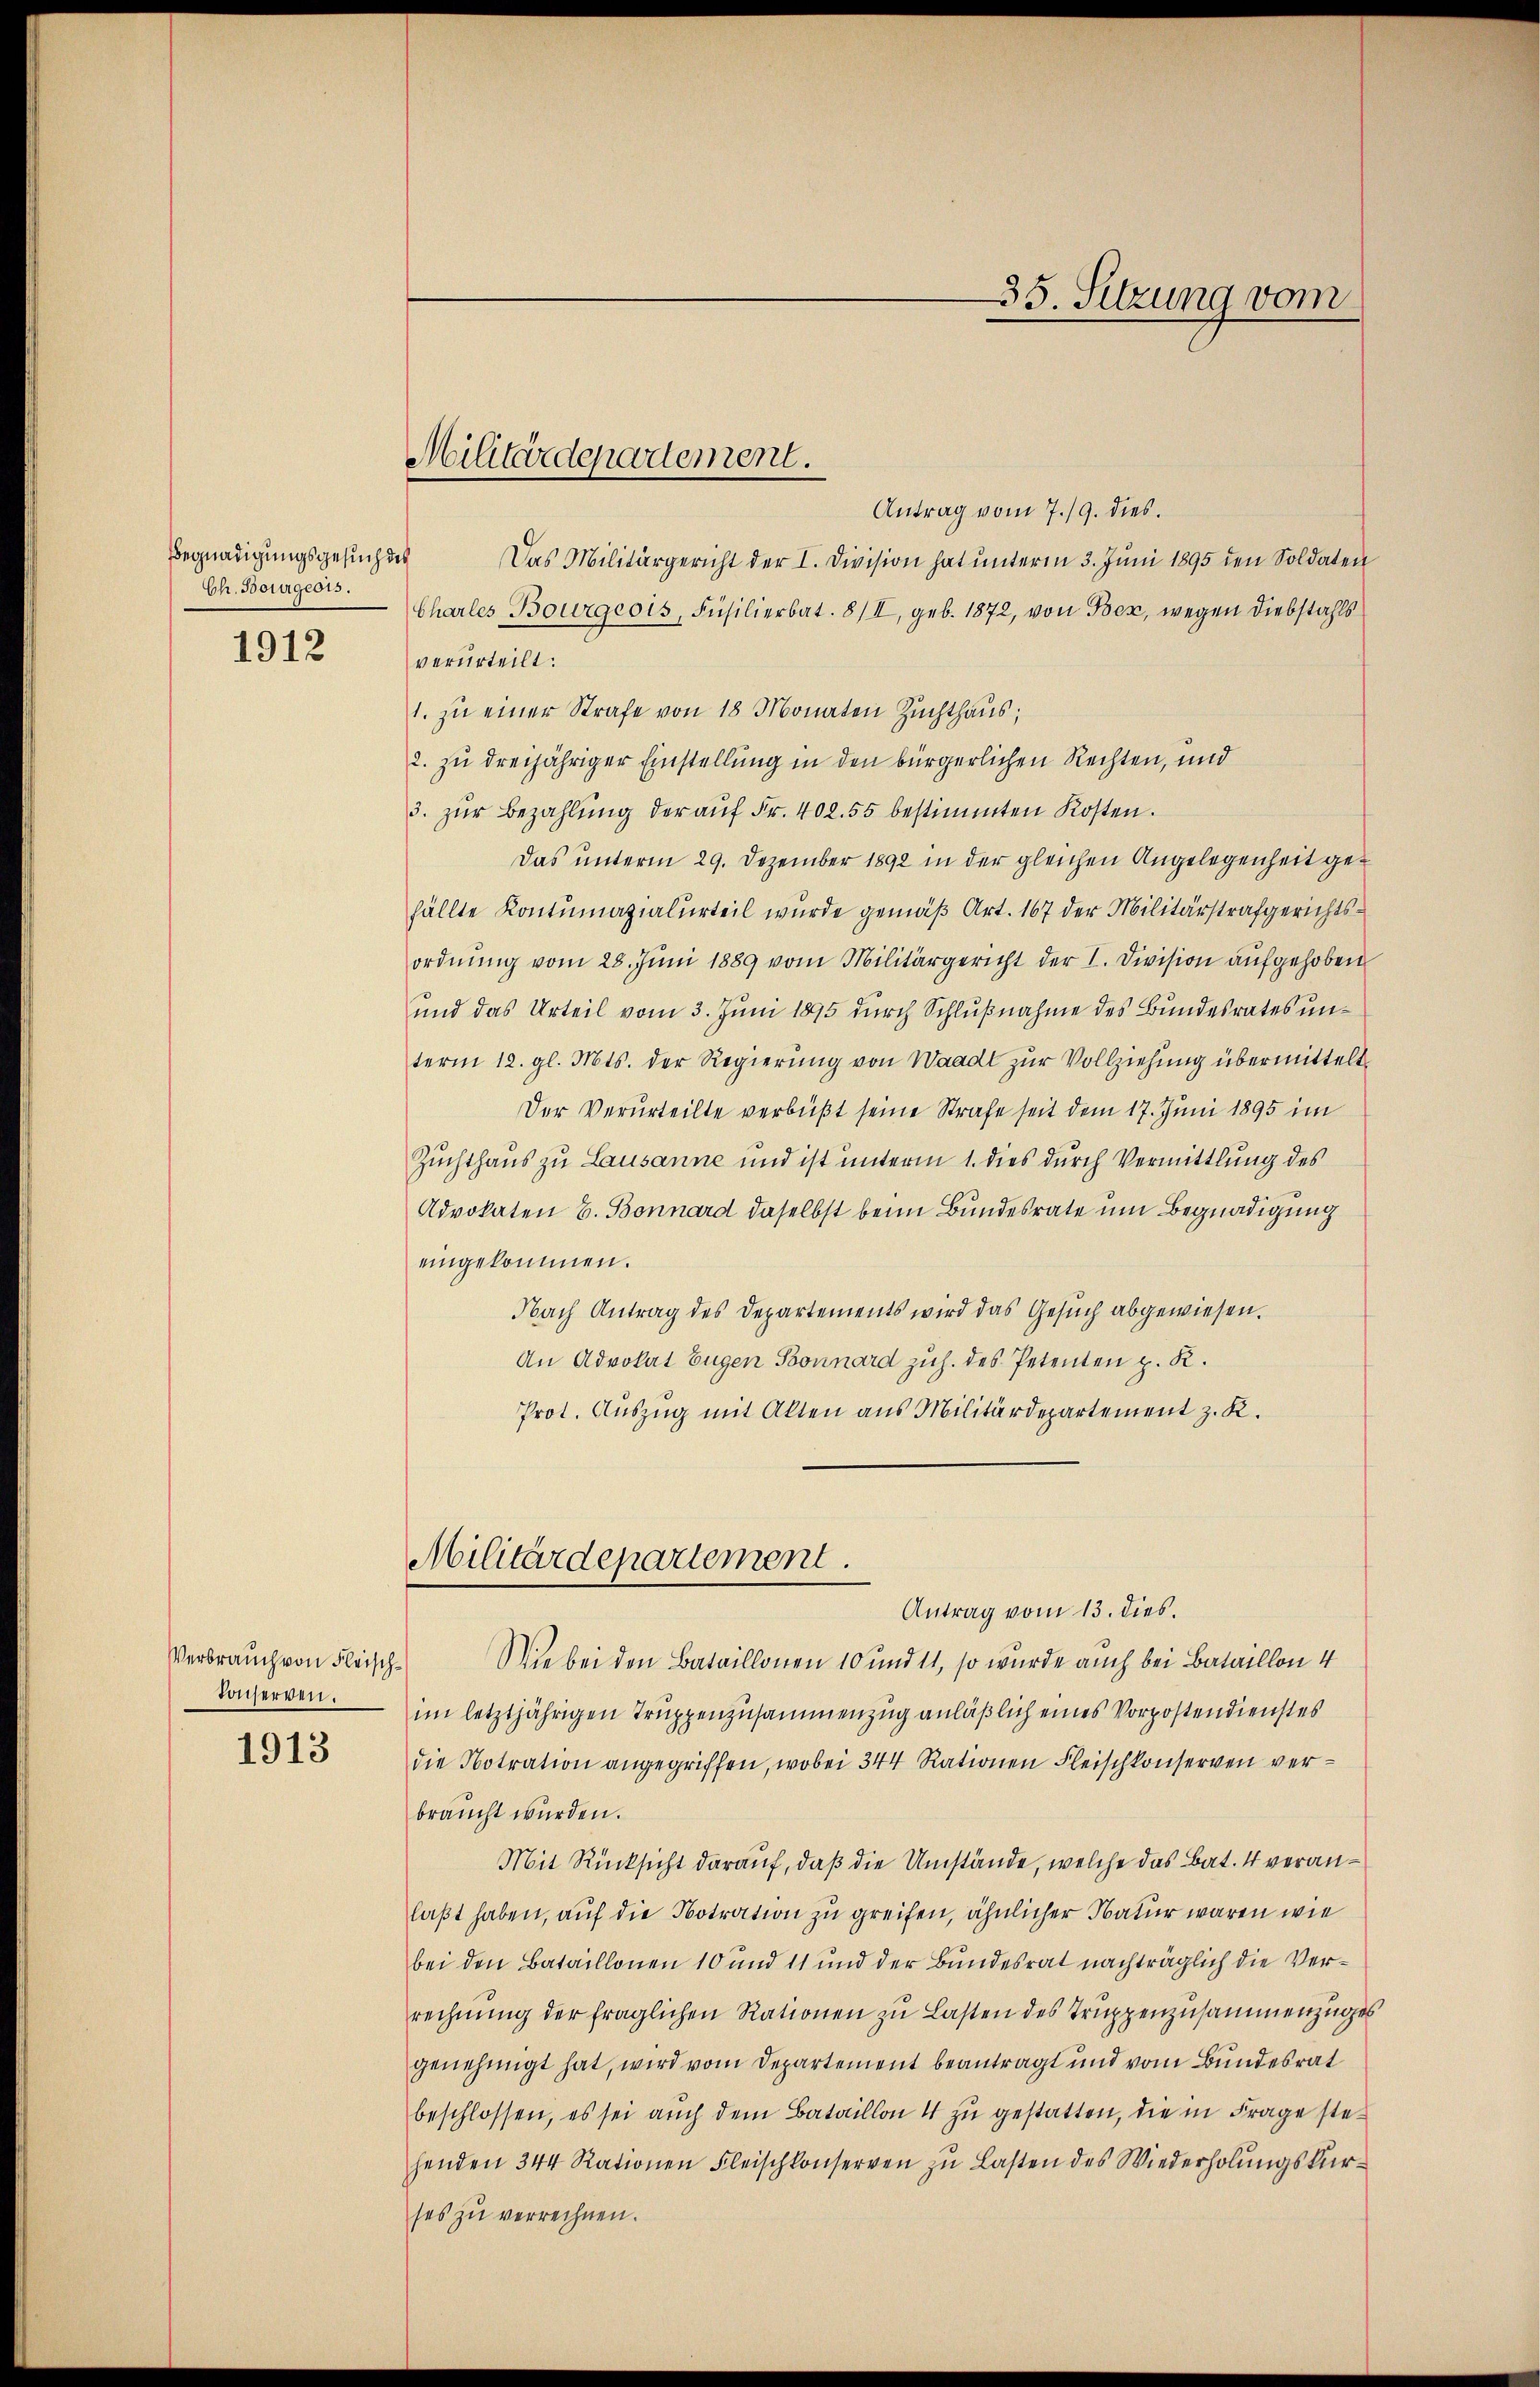
Begnadigungsgesuch des
Ch. Bourgeois.

1912

Verbrauch von Fleisch¬
Konserven.

1913

Militärdepartement.

Antrag vom 7./9. dies.
Das Militärgericht der I. Division hat unterm 3. Juni 1895 den Soldaten
Charles Bourgeois, Füsilierbat. 8/II, geb. 1872, von Bex, wegen Diebstahls
verurteilt:
1. zu einer Strafe von 18 Monaten Zuchthaus;
2. zu dreijähriger Einstellung in den bürgerlichen Rechten, und
3. zŭr Bezahlŭng der aŭf Fr. 402. 55 bestimmten Kosten.
Das unterm 29. Dezember 1892 in der gleichen Angelegenheit gefällte Kontumazialurteil wurde gemäβ Art. 167 der Militärstrafgerichtsordnung vom 28. Juni 1889 vom Militärgericht der I. Division aufgehoben
und das Urteil vom 3. Juni 1895 durch Schlußnahme des Bundesrates unterm 12. gl. Mts. der Regierung von Waadt zur Vollziehung übermittelt
Der Verurteilte verbüßt seine Strafe seit dem 17. Juni 1895 im
Zuchthaus zu Lausanne und ist unterm 1. dies durch Vermittlung des
Advokaten E. Bonnard daselbst beim Bundesrate um Begnadigung
eingekommen.
Nach Antrag des Departements wird das Gesuch abgewiesen.
An Advokat Eugen Sonnard zuh. des Petenten p. K.
Prot. Auszug mit Alten aus Militärdepartement z. K.
Militärdepartement.
Antrag vom 13. dies.
Wie bei den Bataillonen 10 und 11, so wurde auch bei Bataillon 4
im letztjährigen Truppenzusammenzug anläßlich eines Vorpostendienstes
die Notration angegriffen, wobei 344 Rationen Fleischkonserven verbraŭcht würden.
Mit Rücksicht darauf, daß die Umstände, welche das Bat. 4 veranlaßt haben, auf die Notration zu greifen, ähnlicher Natur waren wie
bei den Bataillonen 10 und 11 und der Bundesrat nachträglich die Verrechnŭng der fraglichen Rationen zŭ Lasten des Truppenzusammenzuges
genehmigt hat, wird vom Departement beantragt und vom Bundesrat
beschlossen, es sei aŭch dem Bataillon 4 zu gestatten, die in Frage stehenden 344 Rationen Fleischkonserven zŭ Lasten des Wiederholŭngskurses zu verrechnen.

35. Setzung vom